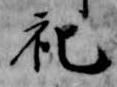
祀